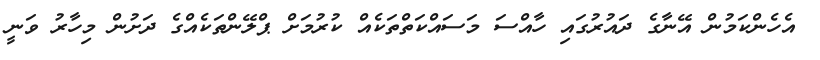
އެހެންކަމުން އޭނާގެ ދައުރުގައި ހާއްސަ މަސައްކަތްތަކެއް ކުރުމަށް ޕްލޭންތަކެއްގެ ދަށުން މިހާރު ވަނީ